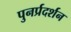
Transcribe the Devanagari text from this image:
पुनर्प्रदर्शन